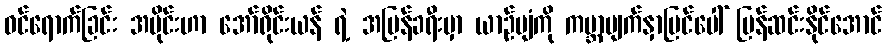
ဝင်ရောက်ခြင်း အပိုင်းဟာ အော်ရိုင်းယန် ရဲ့ အပြန်ခရီးမှာ ယာဉ်ပျံကို ကမ္ဘာမျက်နှာပြင်ပေါ် ပြန်ဆင်းနိုင်အောင်